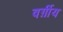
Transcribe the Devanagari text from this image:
वर्ग़ीय